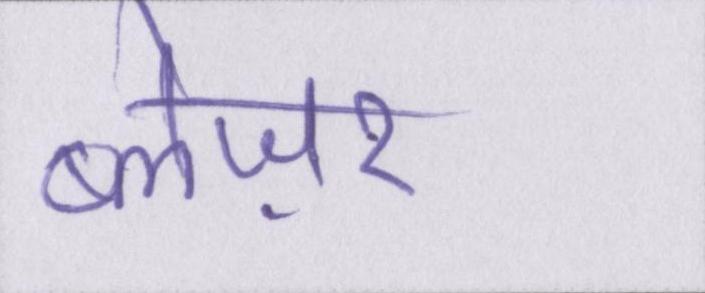
ब्लेज़र